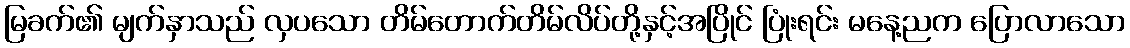
မြခက်၏ မျက်နှာသည် လှပသော တိမ်တောက်တိမ်လိပ်တို့နှင့်အပြိုင် ပြုံးရင်း မနေ့ညက ပြောလာသော